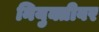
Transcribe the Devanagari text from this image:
नियुक्तीवर